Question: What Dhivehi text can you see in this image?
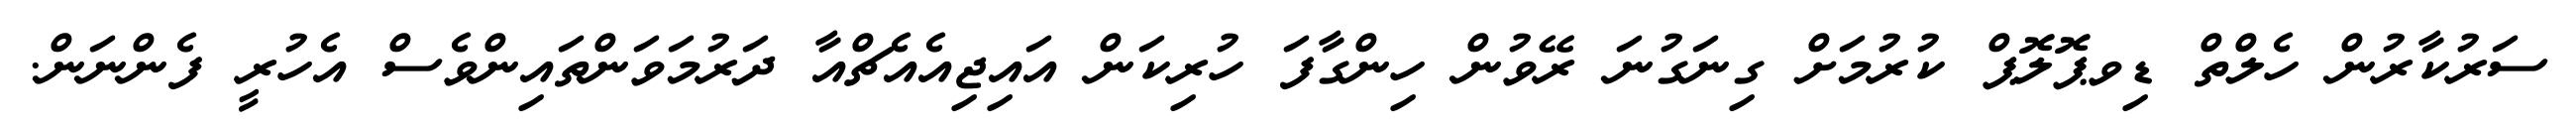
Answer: ސަރުކާރުން ހެލްތް ޑިވޕޮލޮޕް ކުރުމަށް ގިނަގުނަ ރޭވުން ހިންގާފަ ހުރިކަން އައިޖިއެއެޗްއާ ދަރުމަވަންތައިންވެސް އެހުރީ ފެންނަން.